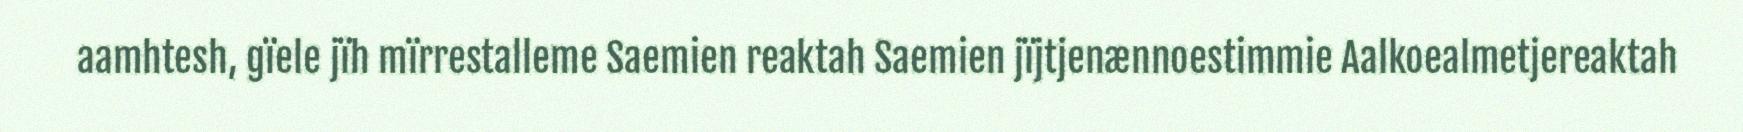
aamhtesh, gïele jïh mïrrestalleme Saemien reaktah Saemien jïjtjenænnoestimmie Aalkoealmetjereaktah